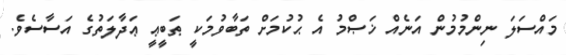
މައްސަލަ ނިންމުމުން އަނެއް ޚަޞްމު އެ ޙުކުމަށް ތަބާވުމަކީ ޠަބީޢީ ޢަދާލަތުގެ އަސާސެވެ.